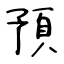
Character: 預